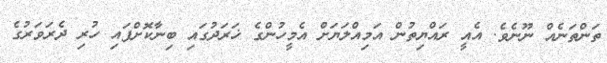
ތަންތަނެއް ނޫނެވެ. އެއީ ރައްޔިތުން އަމިއްލަޔަށް އެމީހުންގެ ޚަރަދުގައި ބިނާކޮށްފައި ހުރި ދެރަވަރުގެ